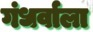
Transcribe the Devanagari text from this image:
गंधर्वाला